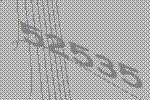
52535